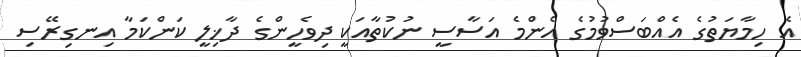
އެ ހިމާޔަތުގެ އެއްބަސްވުމުގެ އެންމެ އަސާސީ ނުކުތާއަކީ ދިވެހީންގެ ދާޚިލީ ކަންކަމާ އިނގިރޭސި